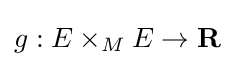
g:E\times _{M}E\to \mathbf {R}